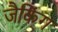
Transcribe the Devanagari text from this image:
जैकिंग